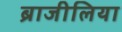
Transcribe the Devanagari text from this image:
ब्राजीलिया